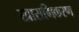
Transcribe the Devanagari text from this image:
खासगिकरण